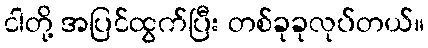
ငါတို့ အပြင်ထွက်ပြီး တစ်ခုခုလုပ်တယ်။